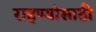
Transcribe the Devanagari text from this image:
राहण्यांसाठी